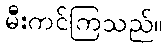
မီးကင်ကြသည်။